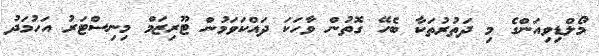
މޯލްޑިވިއަންގެ މި ދަތުރުތަކާ ބެހޭ ގޮތުން ވާހަކަ ދައްކަވަމުން ޓޫރިޒަމް މިނިސްޓަރު އަހުމަދު